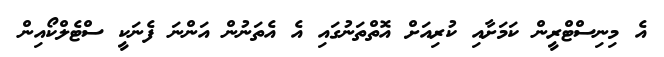
އެ މިނިސްޓްރީން ކަމަށާއި ކުރިއަށް އޮތްތަނުގައި އެ އެތަނުން އަންނަ ފެނަކީ ސްޓެލްކޯއިން